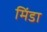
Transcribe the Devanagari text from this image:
मिंडा